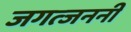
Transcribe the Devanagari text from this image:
जगत्जननी